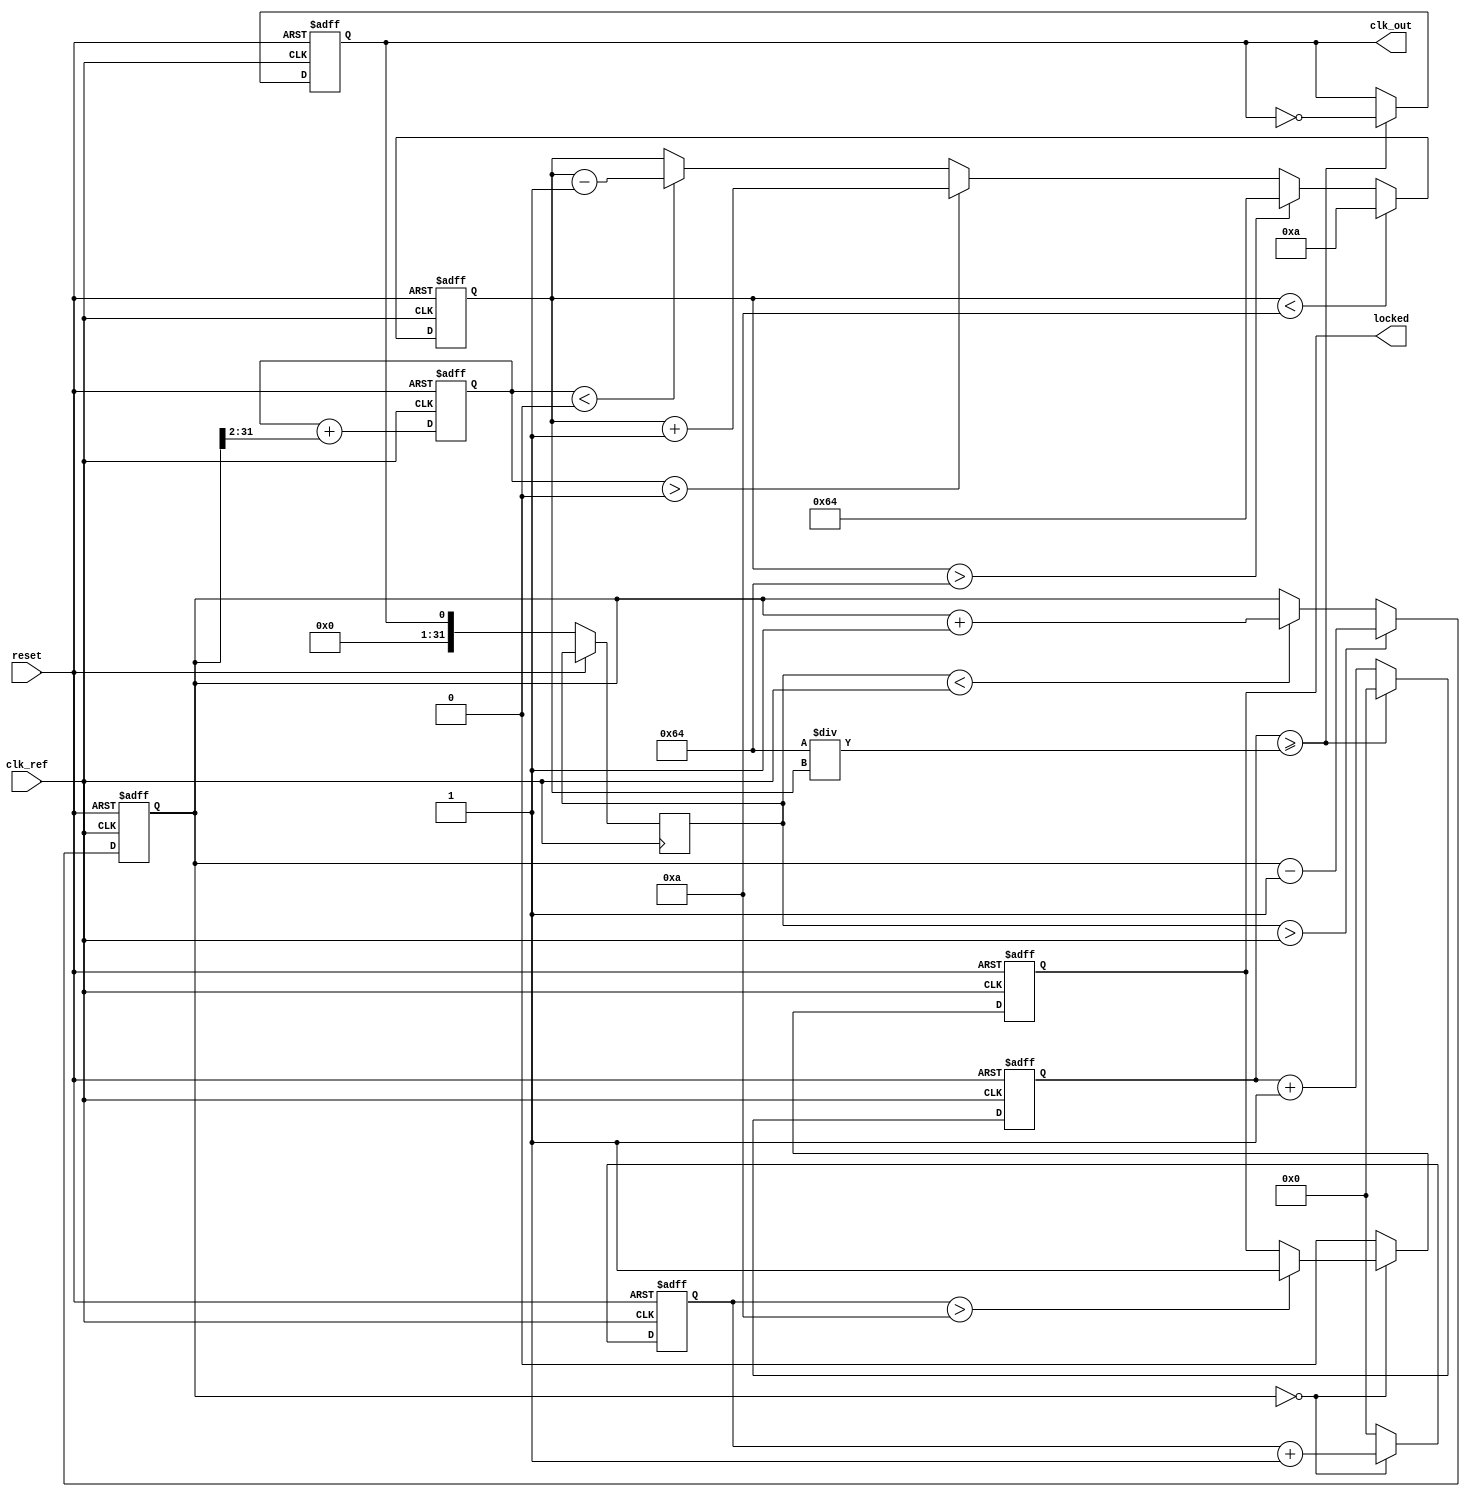
module PLL (
    input wire clk_ref,          // Reference clock input
    input wire reset,            // Asynchronous reset
    output reg clk_out,          // Output clock
    output reg locked            // Lock status
);

    // Parameters
    parameter DIV_RATIO = 4;     // Feedback divider ratio
    parameter VCO_MAX_FREQ = 100; // Max VCO frequency (arbitrary units)
    parameter VCO_MIN_FREQ = 10;  // Min VCO frequency (arbitrary units)
    
    // Internal signals
    reg [31:0] phase_error;       // Phase error signal
    reg [31:0] control_voltage;    // Control voltage for VCO
    reg [31:0] vco_freq;           // Current VCO frequency
    reg [31:0] feedback_clk;       // Feedback clock signal
    reg [31:0] count;              // Counter for VCO output generation
    reg [31:0] lock_counter;       // Counter to determine lock status

    // Phase Detector (PD)
    always @(posedge clk_ref or posedge reset) begin
        if (reset) begin
            phase_error <= 0;
        end else begin
            // Simple phase error detection (for demonstration)
            if (feedback_clk > clk_ref) begin
                phase_error <= phase_error - 1; // VCO is ahead
            end else if (feedback_clk < clk_ref) begin
                phase_error <= phase_error + 1; // VCO is behind
            end
        end
    end

    // Low Pass Filter (LPF)
    always @(posedge clk_ref or posedge reset) begin
        if (reset) begin
            control_voltage <= 0;
        end else begin
            // Simple LPF implementation (first-order)
            control_voltage <= control_voltage + (phase_error >> 2); // Adjust filter gain as needed
        end
    end

    // Voltage-Controlled Oscillator (VCO)
    always @(posedge clk_ref or posedge reset) begin
        if (reset) begin
            vco_freq <= VCO_MIN_FREQ;
            count <= 0;
            clk_out <= 0;
            locked <= 0;
            lock_counter <= 0;
        end else begin
            // Adjust VCO frequency based on control voltage
            if (control_voltage > 0) begin
                vco_freq <= vco_freq + 1; // Increase frequency
            end else if (control_voltage < 0) begin
                vco_freq <= vco_freq - 1; // Decrease frequency
            end
            
            // Clamp VCO frequency within limits
            if (vco_freq > VCO_MAX_FREQ) vco_freq <= VCO_MAX_FREQ;
            if (vco_freq < VCO_MIN_FREQ) vco_freq <= VCO_MIN_FREQ;

            // Generate output clock based on VCO frequency
            count <= count + 1;
            if (count >= (100 / vco_freq)) begin // Adjust for clock period
                clk_out <= ~clk_out;
                count <= 0;
            end
            
            // Feedback clock generation
            feedback_clk <= clk_out;

            // Lock detection logic
            if (phase_error == 0) begin
                lock_counter <= lock_counter + 1;
                if (lock_counter > 10) // Arbitrary threshold for lock detection
                    locked <= 1;
            end else begin
                lock_counter <= 0;
                locked <= 0;
            end
        end
    end

endmodule